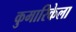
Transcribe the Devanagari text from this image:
कुमारिकेला